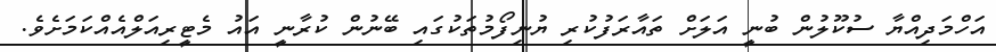
އަހްމަދިއްޔާ ސުކޫލުން ބުނީ އަލަށް ތައާރަފުކުރި ޔުނިފޯމުތަކުގައި ބޭނުން ކުރާނީ އައު މެޓީރިއަލްއެއްކަމަށެވެ.